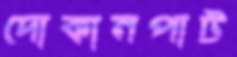
দোকানপাট